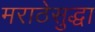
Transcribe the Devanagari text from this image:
मराठेसुद्धा